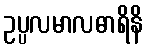
ဥပ္ပလမာလဓာရိနိ